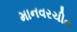
માનવરચીત